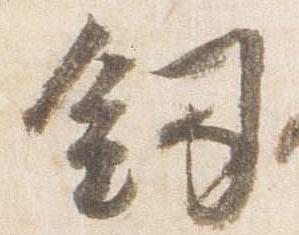
剱